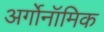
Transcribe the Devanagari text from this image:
अर्गोनॉमिक